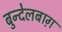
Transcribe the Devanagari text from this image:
बुन्देलबाग़